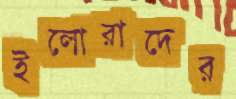
ইলোরাদের